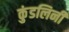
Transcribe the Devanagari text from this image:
कुंडलिनी